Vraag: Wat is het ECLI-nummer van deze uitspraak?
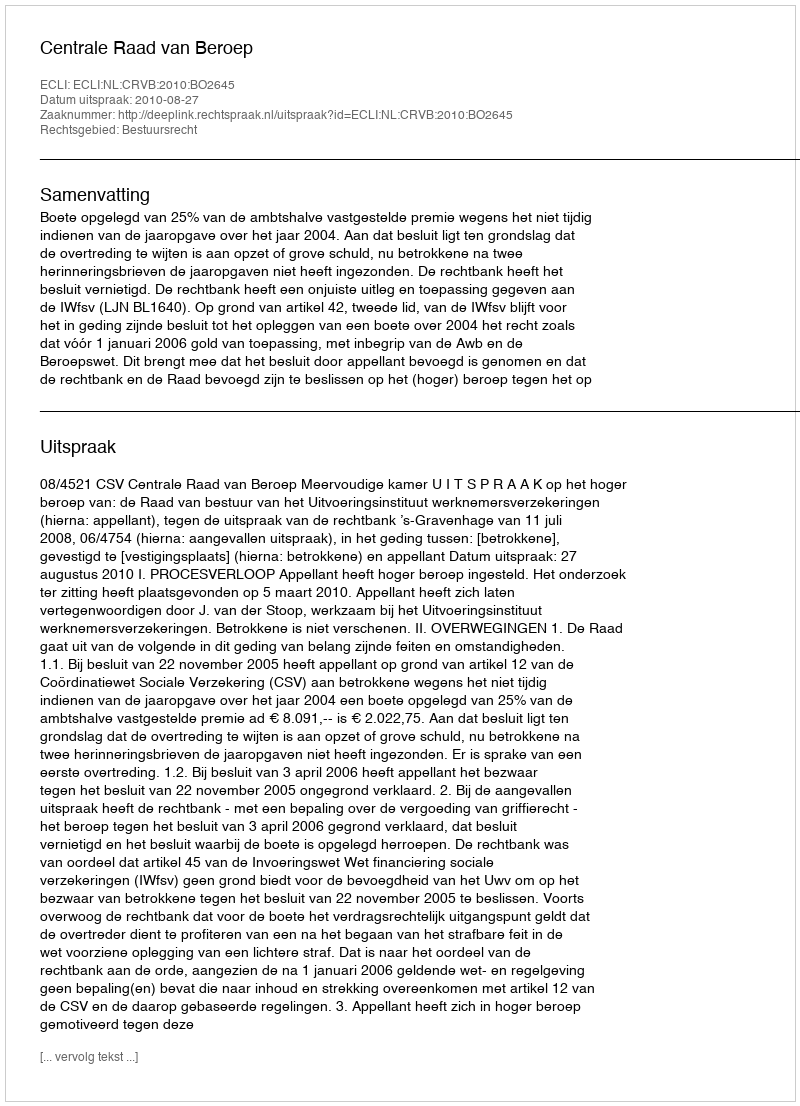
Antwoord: ECLI:NL:CRVB:2010:BO2645